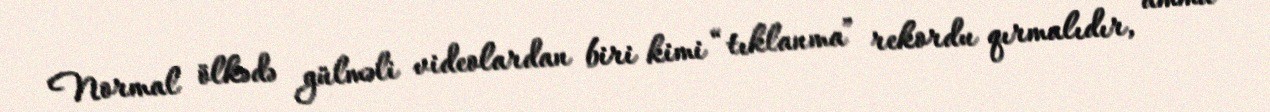
Normal ölkədə gülməli videolardan biri kimi “tıklanma” rekordu qırmalıdır, amma